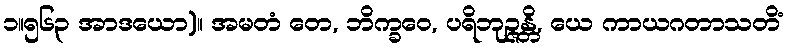
၁။၅၆၃ အာဒယော)။ အမတံ တေ, ဘိက္ခဝေ, ပရိဘုဉ္ဇန္တိ, ယေ ကာယဂတာသတိံ